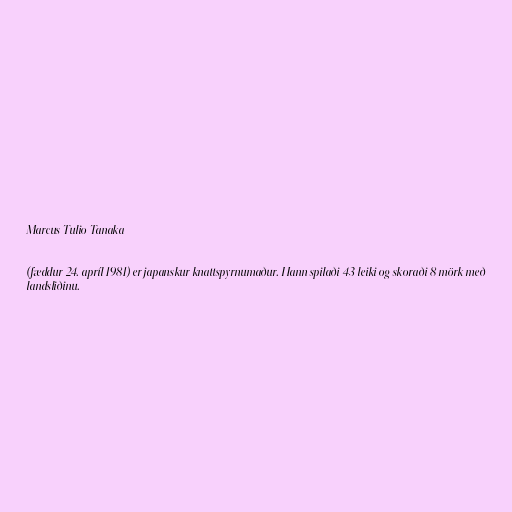
Marcus Tulio Tanaka

(fæddur 24. apríl 1981) er japanskur knattspyrnumaður. Hann spilaði 43 leiki og skoraði 8 mörk með
landsliðinu.